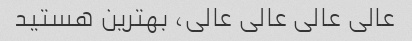
عالی عالی عالی عالی، بهترین هستید